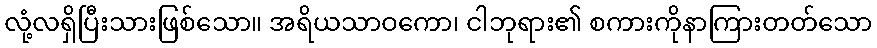
လုံ့လရှိပြီးသားဖြစ်သော။ အရိယသာဝကော၊ ငါဘုရား၏ စကားကိုနာကြားတတ်သော